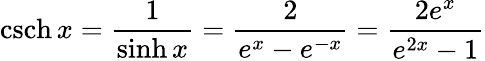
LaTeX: \operatorname{csch}x={\frac{1}{\sinh x}}={\frac{2}{e^{x}-e^{-x}}}={\frac{2e^{x}}{e^{2x}-1}}